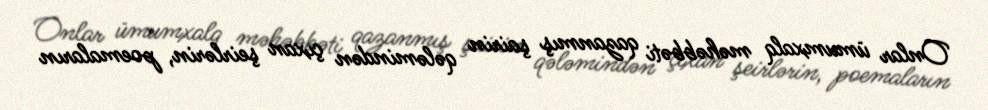
Onlar ümumxalq məhəbbəti qazanmış şairin qələmindən çıxan şeirlərin, poemaların